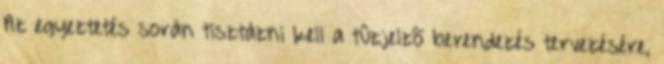
Az egyeztetés során tisztázni kell a tûzjelzõ berendezés tervezésére,